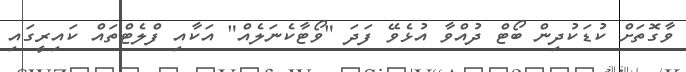
ވާގޮތަށް ކުޑަކުދިން ބޯޓް ދުއްވާ އުޅެވޭ ފަދަ "ވޯޓާކެނަލެއް" އަކާއި ފްލެޓްތައް ކައިރީގައި